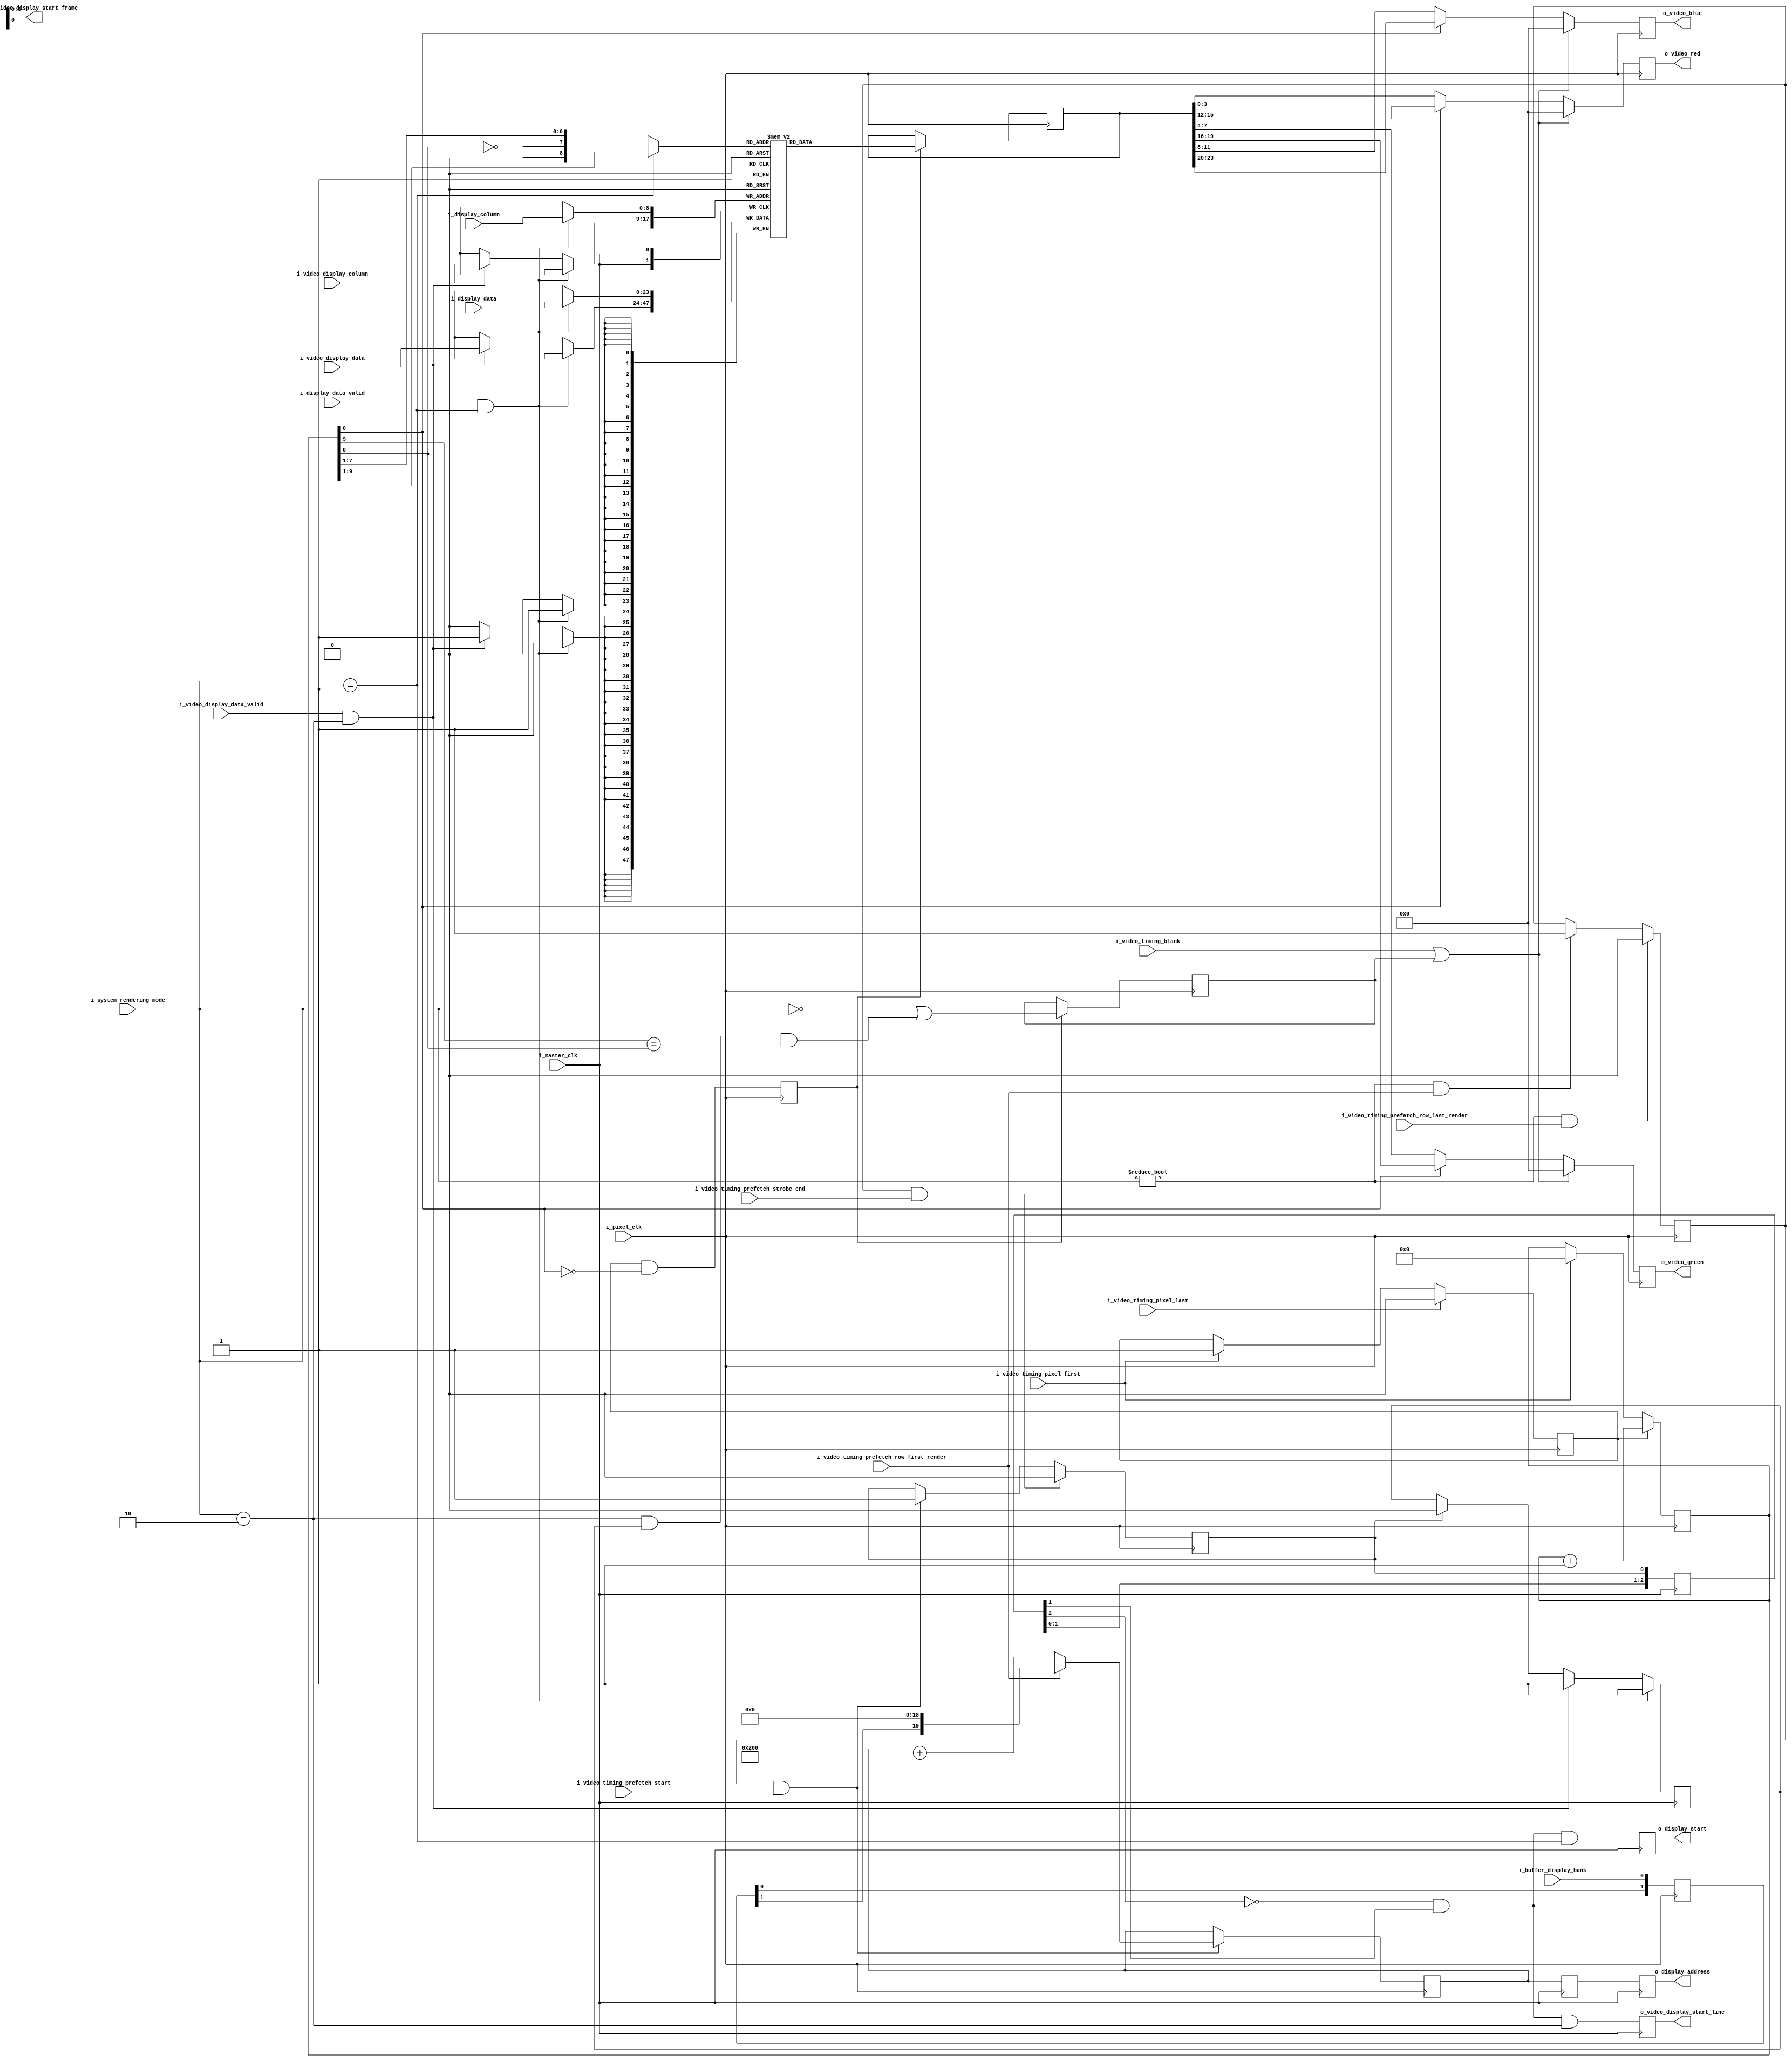
module VideoRowBuffer #(parameter flip = 0)
    (
        // clock
        i_pixel_clk,
        i_master_clk,

        // SYSTEM CONTROLLER interface (master clock domain)
        i_system_rendering_mode,
        
        // BUFFER CONTROLLER interface (master clock domain)
        i_buffer_display_bank,

        // VIDEO TIMING CONTROLLER interface (pixel clock domain)
        i_video_timing_pixel_first,
        i_video_timing_pixel_last,
        i_video_timing_blank,
        i_video_timing_prefetch_start,
        i_video_timing_prefetch_strobe_end,
        i_video_timing_prefetch_row_first_render,
        i_video_timing_prefetch_row_last_render,

        // VRAM CONTROLLER interface (master clock domain)
        o_display_address,
        o_display_start,
        i_display_column,
        i_display_data,
        i_display_data_valid,

        // VIDEO DECODER interface (master clock domain)
        o_video_display_start_frame,
        o_video_display_start_line,
        i_video_display_column,
        i_video_display_data,
        i_video_display_data_valid,

        // VIDEO OUTPUT (pixel clock domain)
        o_video_red,
        o_video_green,
        o_video_blue

    );

    input           i_pixel_clk;
    input           i_master_clk;

    input[1:0]      i_system_rendering_mode;

    input           i_buffer_display_bank;

    input           i_video_timing_pixel_first;
    input           i_video_timing_pixel_last;
    input           i_video_timing_blank;
    input           i_video_timing_prefetch_start;
    input           i_video_timing_prefetch_strobe_end;
    input           i_video_timing_prefetch_row_first_render;
    input           i_video_timing_prefetch_row_last_render;

    output[19:0]    o_display_address;
    output          o_display_start;
    input[8:0]      i_display_column;
    input[23:0]     i_display_data;
    input           i_display_data_valid;

    output          o_video_display_start_frame;
    output          o_video_display_start_line;
    input[8:0]      i_video_display_column;
    input[23:0]     i_video_display_data;
    input           i_video_display_data_valid;

    output[3:0]     o_video_red;
    output[3:0]     o_video_green;
    output[3:0]     o_video_blue;

    // ***********************************************
    // **                                           **
    // **   BUFFER MEMORY                           **
    // **                                           **
    // ***********************************************

    reg[23:0] memory[511:0];

    // ***********************************************
    // **                                           **
    // **   READING ROW BUFFER                      **
    // **                                           **
    // ***********************************************

    // cache read address
    reg[9:0]    r_cache_read_counter ;

    always @(posedge i_pixel_clk) begin

        if(i_video_timing_pixel_first)
            r_cache_read_counter <= 0;

        if(r_cache_read_active)
            r_cache_read_counter <= r_cache_read_counter + 1;

    end

    // cache read active
    reg         r_cache_read_active  = 0;

    always @(posedge i_pixel_clk) begin

        if(i_video_timing_pixel_first)
            r_cache_read_active <= 1;

        if(i_video_timing_pixel_last)
            r_cache_read_active <= 0;

    end

    // cache read enable
    reg         r_cache_read_enable = 0;

    always @(posedge i_pixel_clk) 
        r_cache_read_enable <= (r_cache_read_active && (r_cache_read_counter[0]==0));

    // pixel demuxing
    reg[3:0]    r_video_red_out;
    reg[3:0]    r_video_green_out;
    reg[3:0]    r_video_blue_out;

    wire[8:0]   w_video_tupple_address;
    if (flip == 0) begin
        // normal version
         assign w_video_tupple_address = (i_system_rendering_mode == 1)
            ? r_cache_read_counter[9:1]
            : { 1'b0, !r_cache_read_counter[8], r_cache_read_counter[7:1] };
    end else begin
        // flipped version
        assign w_video_tupple_address = (i_system_rendering_mode == 1)
            ? 1023 - r_cache_read_counter[9:1]
            : { 1'b0, !r_cache_read_counter[8], r_cache_read_counter[7:1] };
    end

    reg[23:0]   r_video_tupple;
    reg         r_video_tupple_blank;

    always @(posedge i_pixel_clk) begin
        if(r_cache_read_enable) begin
            r_video_tupple <= memory[w_video_tupple_address];
            r_video_tupple_blank <= (i_system_rendering_mode==0) || ((i_system_rendering_mode==2) && r_row_buffer_valid && (r_cache_read_counter[9]==r_cache_read_counter[8]));
        end
    end

    if (flip == 0) begin
        // normal version
        always @(negedge i_pixel_clk) begin
            r_video_red_out     <= (i_video_timing_blank || r_video_tupple_blank)
                ? 4'h0
                : (r_cache_read_counter[0]
                    ? r_video_tupple[15:12]
                    : r_video_tupple[3:0]
                    );
            r_video_green_out     <= (i_video_timing_blank || r_video_tupple_blank)
                ? 4'h0
                : (r_cache_read_counter[0]
                    ? r_video_tupple[19:16]
                    : r_video_tupple[7:4]
                    );
            r_video_blue_out     <= (i_video_timing_blank || r_video_tupple_blank)
                ? 4'h0
                : (r_cache_read_counter[0]
                    ? r_video_tupple[23:20]
                    : r_video_tupple[11:8]
                    );
        end
    end else begin
        // flipped version
        always @(negedge i_pixel_clk) begin
            r_video_red_out     <= (i_video_timing_blank || r_video_tupple_blank)
                ? 4'h0
                : (!r_cache_read_counter[0]
                    ? r_video_tupple[15:12]
                    : r_video_tupple[3:0]
                    );
            r_video_green_out     <= (i_video_timing_blank || r_video_tupple_blank)
                ? 4'h0
                : (!r_cache_read_counter[0]
                    ? r_video_tupple[19:16]
                    : r_video_tupple[7:4]
                    );
            r_video_blue_out     <= (i_video_timing_blank || r_video_tupple_blank)
                ? 4'h0
                : (!r_cache_read_counter[0]
                    ? r_video_tupple[23:20]
                    : r_video_tupple[11:8]
                    );
        end
    end

    assign o_video_red = r_video_red_out;
    assign o_video_green = r_video_green_out;
    assign o_video_blue = r_video_blue_out;

    // ***********************************************
    // **                                           **
    // **   RENDERER MODE PREFETCH                  **
    // **                                           **
    // ***********************************************

    // buffer valid
    reg     r_row_buffer_valid = 0;

    // buffer writing
    always @(posedge i_master_clk) begin
        if(r_prefetch_strobe) begin
            r_row_buffer_valid <= 1'b0;
        end
        if(i_display_data_valid && (i_system_rendering_mode==1)) begin
            memory[i_display_column] <= i_display_data;
            r_row_buffer_valid <= 1'b1;
        end else if(i_video_display_data_valid && (i_system_rendering_mode==2)) begin
            memory[i_video_display_column] <= i_video_display_data;
            r_row_buffer_valid <= 1'b1;
        end
    end


    // transfer signals to VRAM to master clock domain
    reg[19:0] xd_vram_read_address_0 = 0;
    reg[19:0] xd_vram_read_address_1 = 0;

    always @(posedge i_master_clk) begin
        xd_vram_read_address_1 <= xd_vram_read_address_0;
        xd_vram_read_address_0 <= r_prefetch_address;
    end

    assign o_display_address = xd_vram_read_address_1;

    reg[2:0] xd_vram_read_start = 3'b0;
    reg r_vram_read_start = 0;
    reg r_video_decode_start = 0;

    always @(posedge i_master_clk) begin
        xd_vram_read_start <= { xd_vram_read_start[1:0], r_prefetch_strobe };
        r_vram_read_start <= !xd_vram_read_start[2] && xd_vram_read_start[1] && (i_system_rendering_mode==1);
        r_video_decode_start <= !xd_vram_read_start[2] && xd_vram_read_start[1] && (i_system_rendering_mode==2);
    end

    assign o_display_start = r_vram_read_start;
    assign o_video_display_start_line = r_video_decode_start;

    // prefetch is active
    reg r_prefetch_active = 0;

    always @(posedge i_pixel_clk) begin
        if((i_system_rendering_mode!=0) && i_video_timing_prefetch_row_first_render)
            r_prefetch_active <= 1;
        if((i_system_rendering_mode!=0) && i_video_timing_prefetch_row_last_render)
            r_prefetch_active <= 0;
    end

    // prefetch trigger (4 pixel cycles strobe)
    reg r_prefetch_strobe = 0;

    always @(posedge i_pixel_clk) begin
        if(r_prefetch_active && i_video_timing_prefetch_start)
            r_prefetch_strobe <= 1;
        if(r_prefetch_active && i_video_timing_prefetch_strobe_end)
            r_prefetch_strobe <= 0;
    end

    // transfer DISPLAY BANK to pixel clock domain
    reg[1:0] xd_video_bank = 2'b00;

    always @(posedge i_pixel_clk)
        xd_video_bank <= { xd_video_bank[0], i_buffer_display_bank };


    // prefetch row start address (latched with riging edge of r_prefetch_strobe, address of the row that is about to be displayed)
    reg[19:0] r_prefetch_address = 20'b0;

    always @(posedge i_pixel_clk) begin
        if(r_prefetch_active && i_video_timing_prefetch_start) begin
            if(i_video_timing_prefetch_row_first_render)
                r_prefetch_address <= { xd_video_bank[1], 19'b0 };
            else
                r_prefetch_address <= r_prefetch_address + 512;
        end
    end


endmodule